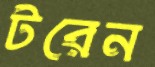
টরেন